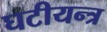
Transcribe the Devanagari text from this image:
घटीयन्त्र